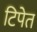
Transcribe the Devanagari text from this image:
टिपेत